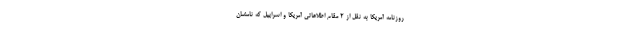
روزنامه آمریکا به نقل از 2 مقام اطلاعاتی آمریکا و اسراییل که نامشان